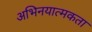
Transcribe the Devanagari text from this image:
अभिनयात्मकता